Vaccination North-Western Provinces 1866-1877 - 1866-1877
Year: 1866
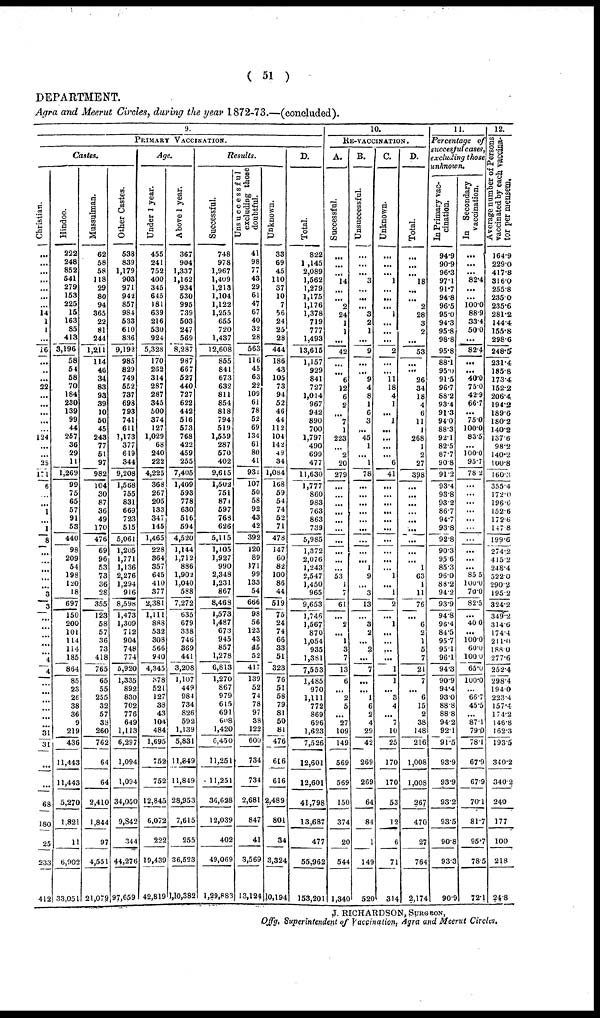
( 51 )
DEPARTMENT.
Agra and Meerut Circles, during the year 1872-73.—(concluded).
9.
PRIMARY VACCINATION.
Castes.
Christian.
...
...
...
...
...
...
...
14
1
1
...
16
...
...
...
22
...
...
...
...
...
124
...
...
25
171
6
...
...
1
...
1
8
...
...
...
...
...
3
3
...
...
...
...
...
4
4
...
...
...
...
...
...
31
31
...
...
68
180
25
233
412
Hindoo.
222
248
852
541
279
153
225
15
163
85
413
3,196
58
54
58
70
184
230
139
99
44
257
36
29
11
1,269
99
75
65
57
91
53
440
98
209
54
198
120
18
697
150
200
101
114
114
185
864
85
23
26
38
36
9
219
436
11,443
11,443
5,270
1,821
11
6,902
33,051
Mussulman.
62
58
58
118
29
80
94
365
22
81
244
1,211
114
46
34
83
93
39
10
50
45
243
77
51
97
982
104
30
87
36
49
170
476
69
96
53
73
36
28
355
123
58
57
36
73
418
765
65
55
255
32
57
38
260
762
64
64
2,410
1,844
97
4,551
21,079
Other Castes.
538
839
1,179
903
971
942
857
984
533
610
836
9,192
985
829
749
552
737
698
793
741
611
1,173
377
619
344
9,208
1,568
755
831
669
723
515
5,061
1,205
1,771
1,136
2,276
1,294
916
8,598
1,473
1,309
712
904
748
774
5,920
1,335
892
830
702
776
649
1,113
6,297
1,094
1,094
34,050
9,842
344
44,276
97,659
Age.
Under 1 year.
455
241
752
400
345
645
181
639
216
530
924
5,328
170
262
314
287
287
345
500
374
127
1,029
68
240
222
4,225
368
267
205
133
347
145
1,465
228
364
357
645
410
377
2,381
1,111
888
532
308
566
940
4,345
378
521
127
38
43
104
484
1,695
752
752
12,845
6,072
222
19,439
42,819
Above 1 year.
367
904
1,337
1,162
934
530
995
739
503
247
569
8,287
987
667
527
440
727
622
442
516
573
768
422
459
255
7,405
1,409
593
778
630
516
594
4,520
1,144
1,712
886
1,902
1,040
588
7,272
635
679
338
746
369
441
3,208
1,107
449
984
734
826
592
1,139
5,831
11,849
11,849
28,953
7,615
255
36,523
1,10,382
Results.
Successful.
748
978
1,967
1,409
1,213
1,104
1,122
1,255
655
720
1,437
12,608
855
841
673
632
811
854
818
794
519
1,559
287
570
402
9,615
1,502
751
871
597
768
626
5,115
1,105
1,927
990
2,348
1,231
867
8,468
1,573
1,487
673
945
857
1,278
6,813
1,270
867
979
615
691
608
1,420
6,450
11,251
11,251
36,628
12,039
402
49,069
1,29,883
Unsuccessful
excluding those
doubtful.
41
98
77
43
29
61
47
67
40
32
28
563
116
45
63
22
109
61
78
52
69
134
61
80
41
931
107
50
58
92
43
42
392
120
89
171
99
133
54
666
98
56
123
43
45
52
417
139
52
74
78
97
38
122
600
734
734
2,681
847
41
3,569
13,124
Unknown.
33
69
45
110
37
10
7
56
24
25
28
444
186
43
105
73
94
52
46
44
112
104
142
49
34
1,084
168
59
54
74
52
71
478
147
60
82
100
86
44
519
75
24
74
66
33
51
323
76
51
58
79
81
50
81
476
616
616
2,489
801
34
3,324
10,194
D.
Total.
822
1 ,145
2,089
1,562
1,279
1,175
1,176
1,378
719
777
1,493
13,615
1,157
929
841
727
1,014
967
942
890
700
1,797
490
699
477
11,630
1,777
860
983
763
863
739
5,985
1,372
2,076
1,243
2,547
1,450
965
9,653
1,746
1,567
870
1,054
935
1,381
7,553
1,485
970
1,111
772
869
696
1,623
7,526
12,601
12,601
41,798
13,687
477
55,962
153,201
10.
RE-VACCINATION.
A.
Successful.
...
...
...
14
...
...
2
24
1
1
42
...
...
6
12
6
2
...
7
1
223
...
2
20
279
...
...
...
...
...
...
...
...
...
...
53
1
7
61
...
2
...
1
3
7
13
6
...
2
5
...
27
109
149
569
569
150
374
20
544
1,340
B.
Unsuccessful.
...
...
...
3
...
...
...
3
2
1
...
9
...
...
9
4
8
1
6
3
...
45
1
...
1
78
...
...
...
...
...
...
...
...
...
1
9
3
13
...
3
2
...
2
...
7
...
1
6
2
4
29
42
269
269
64
84
1
149
520
C.
Unknown.
...
...
...
1
...
...
...
1
...
...
...
2
...
...
11
18
4
1
...
1
...
...
...
6
41
...
...
...
...
...
...
...
...
...
...
1
...
1
2
...
1
...
...
...
...
1
1
...
3
4
...
7
10
25
170
170
53
12
6
71
314
D.
Total.
...
...
...
18
...
...
2
28
3
2
53
...
...
26
34
18
4
6
11
1
268
1
2
27
398
...
...
...
...
...
...
...
...
...
1
63
1
11
76
...
6
2
1
5
7
21
7
...
6
15
2
38
148
216
1,008
1,008
267
470
27
764
2,174
11.
Percentage of
succesful cases,
excluding those
unknown.
In Primary vac¬
cination.
94.9
90.9
96.3
97.1
91.7
94.8
96.5
95.0
94.3
95.8
98.8
95.8
88.1
95.0
91.5
96.7
88.2
93.4
91.3
94.0
88.3
92.1
82.5
87.7
90.8
91.2
93.4
93.8
93.2
86.7
94.7
93.8
92.8
90.3
95.6
85.3
96.0
88.2
94.2
93.9
94.8
96.4
84.5
95.7
95.1
96.1
94.3
90.9
94.4
93.0
88.8
88.8
94.2
92.1
91.5
93.9
93.9
93.2
93.5
90.8
93.3
90.9
In Secondary
vaccination.
...
...
...
82.4
...
...
100.0
88.9
33.4
50.0
...
82.4
...
...
40.0
75.0
42.9
66.7
...
75.0
100.0
83.5
...
100.0
95.7
78.2
...
...
...
...
...
...
...
...
...
85.5
100.0
70.0
82.5
...
40.0
...
100.0
60.0
100.0
65.0
100.0
...
66.7
45.5
...
87.1
79.0
78.1
67.9
67.9
70.1
81.7
95.7
78.5
72.1
12.
Average number of Persons
vaccinated by each vaccina¬
tor per mensem.
164.9
229.0
417.8
316.0
255.8
235.0
235.6
281.2
144.4
155.8
298.6
248.5
231.4
185.8
173.4
152.2
206.4
194.2
189.6
180.2
140.2
137.6
98.2
140.2
100.8
160.3
355.4
172.0
196.6
152.6
172.6
147.8
199.6
274.2
415.2
248.4
522.0
290.2
195.2
324.2
349.2
314.6
174.4
211.0
188.0
277.6
252.4
298.4
194.0
223.4
157.4
174.2
146.8
162.3
193.5
340.2
340.2
240
177
100
218
24.8
J. RICHARDSON, SURGEON,
Offg. Superintendent of Vaccination, Agra and Meerut Circles.